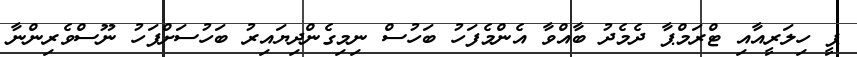
ޕީ ހިލަރީއާއި ޓްރަމްޕާ ދެމެދު ބާއްވާ އެންމެފަހު ބަހުސް ނިމިގެންދިޔައިރު ބަހުސަށްފަހު ނޫސްވެރިންނާ